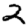
Digit: 2